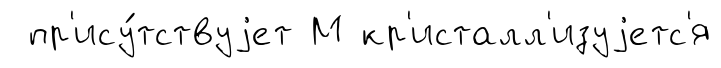
пр'ису́тствуjет М кр'исталл'изуjетс'я